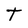
Character: T